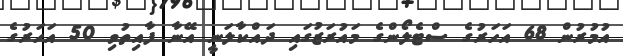
އުމުރުން 68 އަހަރުގެ ސްޓެލޯންގެ މައުރަޒުގައި ދައްކާލަނީ އޭނާ ފާއިތުވި 50 އަހަރުގެ